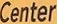
Center